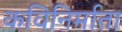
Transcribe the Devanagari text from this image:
कविनिर्माता